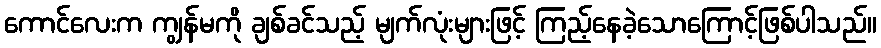
ကောင်လေးက ကျွန်မကို ချစ်ခင်သည့် မျက်လုံးများဖြင့် ကြည့်နေခဲ့သောကြောင့်ဖြစ်ပါသည်။